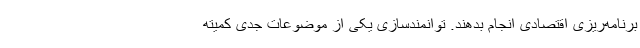
برنامه‌ریزی اقتصادی انجام بدهند. توانمندسازی یکی از موضوعات جدی کمیته